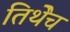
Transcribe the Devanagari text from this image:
तिथेेच